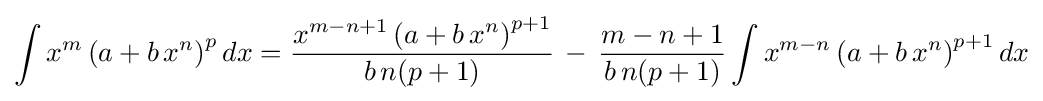
\int x^{m}\left(a+b\,x^{n}\right)^{p}dx={\frac {x^{m-n+1}\left(a+b\,x^{n}\right)^{p+1}}{b\,n(p+1)}}\,-\,{\frac {m-n+1}{b\,n(p+1)}}\int x^{m-n}\left(a+b\,x^{n}\right)^{p+1}dx